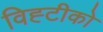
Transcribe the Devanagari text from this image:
विह्टीको